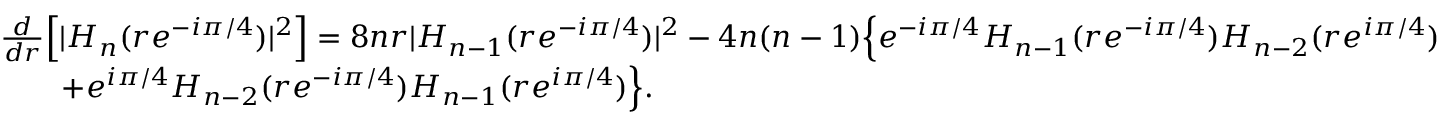
\begin{array} { r l } & { \frac d { d r } \Big [ | H _ { n } ( r e ^ { - i \pi / 4 } ) | ^ { 2 } \Big ] = 8 n r | H _ { n - 1 } ( r e ^ { - i \pi / 4 } ) | ^ { 2 } - 4 n ( n - 1 ) \Big \{ e ^ { - i \pi / 4 } H _ { n - 1 } ( r e ^ { - i \pi / 4 } ) H _ { n - 2 } ( r e ^ { i \pi / 4 } ) } \\ & { \qquad + e ^ { i \pi / 4 } H _ { n - 2 } ( r e ^ { - i \pi / 4 } ) H _ { n - 1 } ( r e ^ { i \pi / 4 } ) \Big \} . } \end{array}